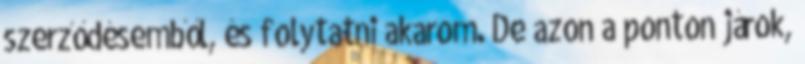
szerződésemből, és folytatni akarom. De azon a ponton járok,